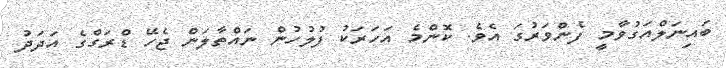
ބައިނަލްއަގުވާމީ ފެންވަރުގަ އެވެ. ކޮންމެ އަހަރަކު ފުލުހުން ނައްތާލަން ޖެހޭ ޑްރަގްގެ އަދަދު